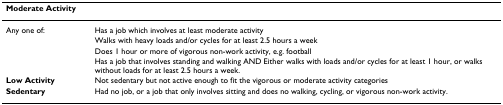
<table><thead><tr><td><b>Moderate Activity</b></td><td></td></tr></thead><tbody><tr><td>Any one of:</td><td>Has a job which involves at least moderate activity</td></tr><tr><td></td><td>Walks with heavy loads and/or cycles for at least 2.5 hours a week</td></tr><tr><td></td><td>Does 1 hour or more of vigorous non-work activity, e.g. football</td></tr><tr><td></td><td>Has a job that involves standing and walking AND Either walks with loads and/or cycles for at least 1 hour, or walks without loads for at least 2.5 hours a week.</td></tr><tr><td><b>Low Activity</b></td><td>Not sedentary but not active enough to fit the vigorous or moderate activity categories</td></tr><tr><td><b>Sedentary</b></td><td>Had no job, or a job that only involves sitting and does no walking, cycling, or vigorous non-work activity.</td></tr></tbody></table>